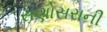
સણોસરાની